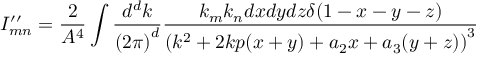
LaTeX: I _ { m n } ^ { \prime \prime } = \frac { 2 } { A ^ { 4 } } \int \frac { d ^ { d } k } { { ( 2 \pi ) } ^ { d } } \frac { k _ { m } k _ { n } d x d y d z \delta ( 1 - x - y - z ) } { { ( k ^ { 2 } + 2 k p ( x + y ) + a _ { 2 } x + a _ { 3 } ( y + z ) ) } ^ { 3 } }